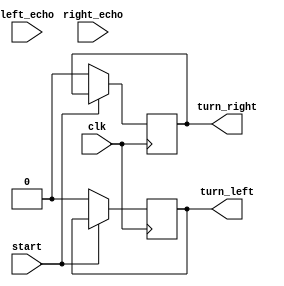
module avoid_obstacle(clk,start,right_echo,left_echo,turn_right,turn_left);//
input clk,start,right_echo,left_echo;	//
output reg turn_right,turn_left;	//

reg [19:0]riht_count;
reg [19:0]left_count;

always@(posedge clk)
begin
	if(!start)
	begin
		turn_left<=0;
		turn_right<=0;
	end
	else
	begin
	
	end



end
endmodule